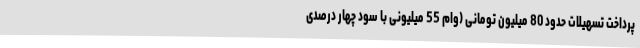
پرداخت تسهیلات حدود 80 میلیون تومانی (وام 55 میلیونی با سود چهار درصدی